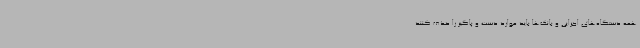
همه دستگاه‌های اجرایی و بانک‌ها باید موارد دست و پاگیر را حذف کنند